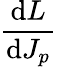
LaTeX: \frac{\mathrm{d}L}{\mathrm{d}J_{p}}